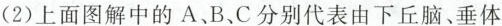
(2)上面图解中的A、B、C分别代表由下丘脑、垂体